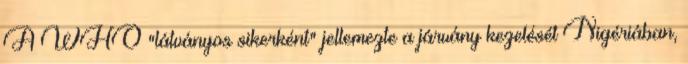
A WHO "látványos sikerként" jellemezte a járvány kezelését Nigériában,